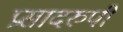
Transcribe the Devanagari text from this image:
प्रसादरुपी